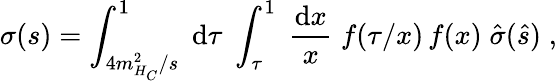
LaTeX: \sigma(s)=\int_{4m_{H_{C}}^{2}/s}^{1}\; \mathrm{d}\tau\; \int_{\tau}^{1}\; \frac{{\mathrm{d}x}}{{x}}\; f(\tau/x)\, f(x)\; \hat{{\sigma}}(\hat{{s}})\; ,